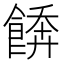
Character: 𩝼